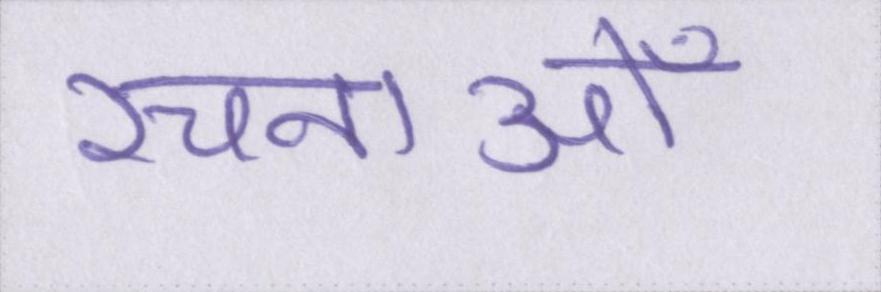
रचनाओँ